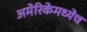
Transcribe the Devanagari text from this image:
अमेरिकेमध्येच